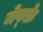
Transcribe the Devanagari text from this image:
जेफ्फ्रे